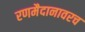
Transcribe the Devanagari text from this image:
रणमैदानावरच